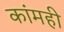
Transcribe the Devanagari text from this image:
कांमही